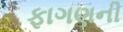
ફાગણની